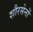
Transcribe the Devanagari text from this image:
शौरसेनों